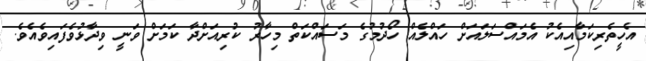
އެހީތެރިކަމާއިއެކު އެމައްސަލައަށް ހައްލެއް ހޯދުމުގެ މަސައްކަތް މިހާރު ކުރިއަށްދާ ކަމަށް ވަނީ ވިދާޅުވެފައިވެއެވެ.